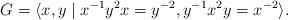
LaTeX: \begin{align*} G = \langle x,y \mid x^{-1}y^2x=y^{-2}, y^{-1}x^2y=x^{-2} \rangle.\end{align*}